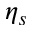
\eta _ { s }